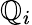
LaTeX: \mathbb{Q}_{i}